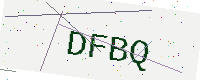
Text: DFBQ